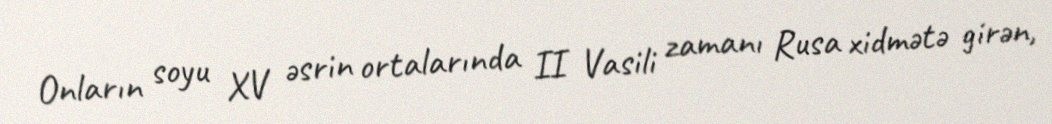
Onların soyu XV əsrin ortalarında II Vasili zamanı Rusa xidmətə girən,